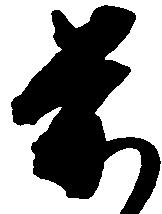
前